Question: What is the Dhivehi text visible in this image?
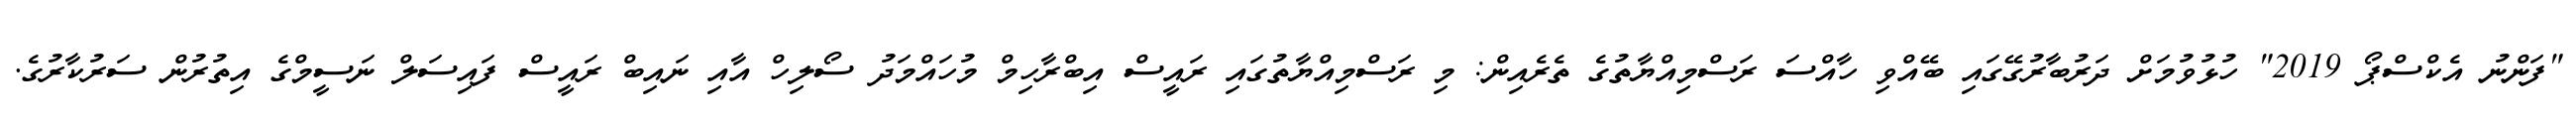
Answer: "ފަންނު އެކްސްޕޯ 2019" ހުޅުވުމަށް ދަރުބާރުގޭގައި ބޭއްވި ހާއްސަ ރަސްމިއްޔާތުގެ ތެރެއިން: މި ރަސްމިއްޔާތުގައި ރައީސް އިބްރާހިމް މުހައްމަދު ސޯލިހް އާއި ނައިބް ރައީސް ފައިސަލް ނަސީމްގެ އިތުރުން ސަރުކާރުގެ.